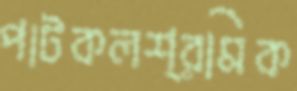
পাটকলশ্রমিক